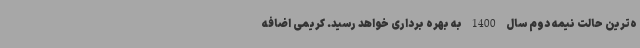
ه‌ترین حالت نیمه دوم سال 1400 به بهره برداری خواهد رسید. کریمی اضافه